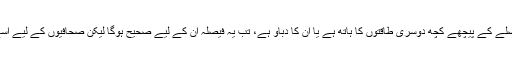
اگر دیکھنے میںلگے کہ اس فیصلے کے پیچھے کچھ دوسری طاقتوں کا ہاتھ ہے یا ان کا دباؤ ہے، تب یہ فیصلہ ان کے لیے صحیح ہوگا لیکن صحافیوں کے لیے اسے صحیح ماننا تھوڑا مشکل ہے۔